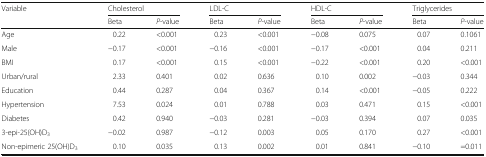
| <ROWSPAN=2> Variable | <COLSPAN=2> Cholesterol | <COLSPAN=2> LDL-C | <COLSPAN=2> HDL-C | <COLSPAN=2> Triglycerides |
 | Beta | P-value | Beta | P-value | Beta | P-value | Beta | P-value |
 | --- | --- | --- | --- | --- | --- | --- | --- | --- |
 | Age | 0.22 | <0.001 | 0.23 | <0.001 | −0.08 | 0.075 | 0.07 | 0.1061 |
 | Male | −0.17 | <0.001 | −0.16 | <0.001 | −0.17 | <0.001 | 0.04 | 0.211 |
 | BMI | 0.17 | <0.001 | 0.15 | <0.001 | −0.22 | <0.001 | 0.20 | <0.001 |
 | Urban/rural | 2.33 | 0.401 | 0.02 | 0.636 | 0.10 | 0.002 | −0.03 | 0.344 |
 | Education | 0.44 | 0.287 | 0.04 | 0.367 | 0.14 | <0.001 | −0.05 | 0.222 |
 | Hypertension | 7.53 | 0.024 | 0.01 | 0.788 | 0.03 | 0.471 | 0.15 | <0.001 |
 | Diabetes | 0.42 | 0.940 | −0.03 | 0.281 | −0.03 | 0.394 | 0.07 | 0.035 |
 | 3-epi-25(OH)D3 | −0.02 | 0.987 | −0.12 | 0.003 | 0.05 | 0.170 | 0.27 | <0.001 |
 | Non-epimeric 25(OH)D3 | 0.10 | 0.035 | 0.13 | 0.002 | 0.01 | 0.841 | −0.10 | =0.011 |